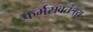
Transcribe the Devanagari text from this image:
कर्मसवतंत्रय